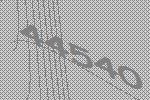
44540